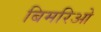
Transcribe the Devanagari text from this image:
बिमरिओ